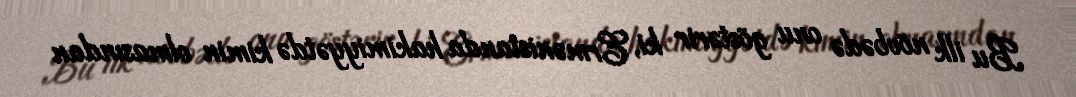
Bu ilk növbədə onu göstərir ki, Ermənistanda hakimiyyətdə kimin olmasından